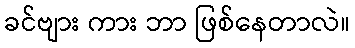
ခင်ဗျား ကား ဘာ ဖြစ်နေတာလဲ။